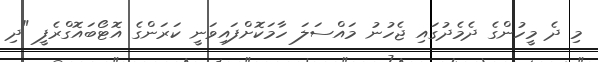
މި ދެ މީހުންގެ ދެމެދުގައި ޖެހުނު މައްސަލަ ހާމަކޮށްފައިވަނީ ކަރަންގެ އޮޓޯބައޮގްރެފީ "ދި